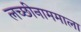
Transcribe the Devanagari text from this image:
लच्छीनाममाला